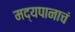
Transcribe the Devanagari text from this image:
मद्यपानाचं